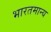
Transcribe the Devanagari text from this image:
भारतमान्य